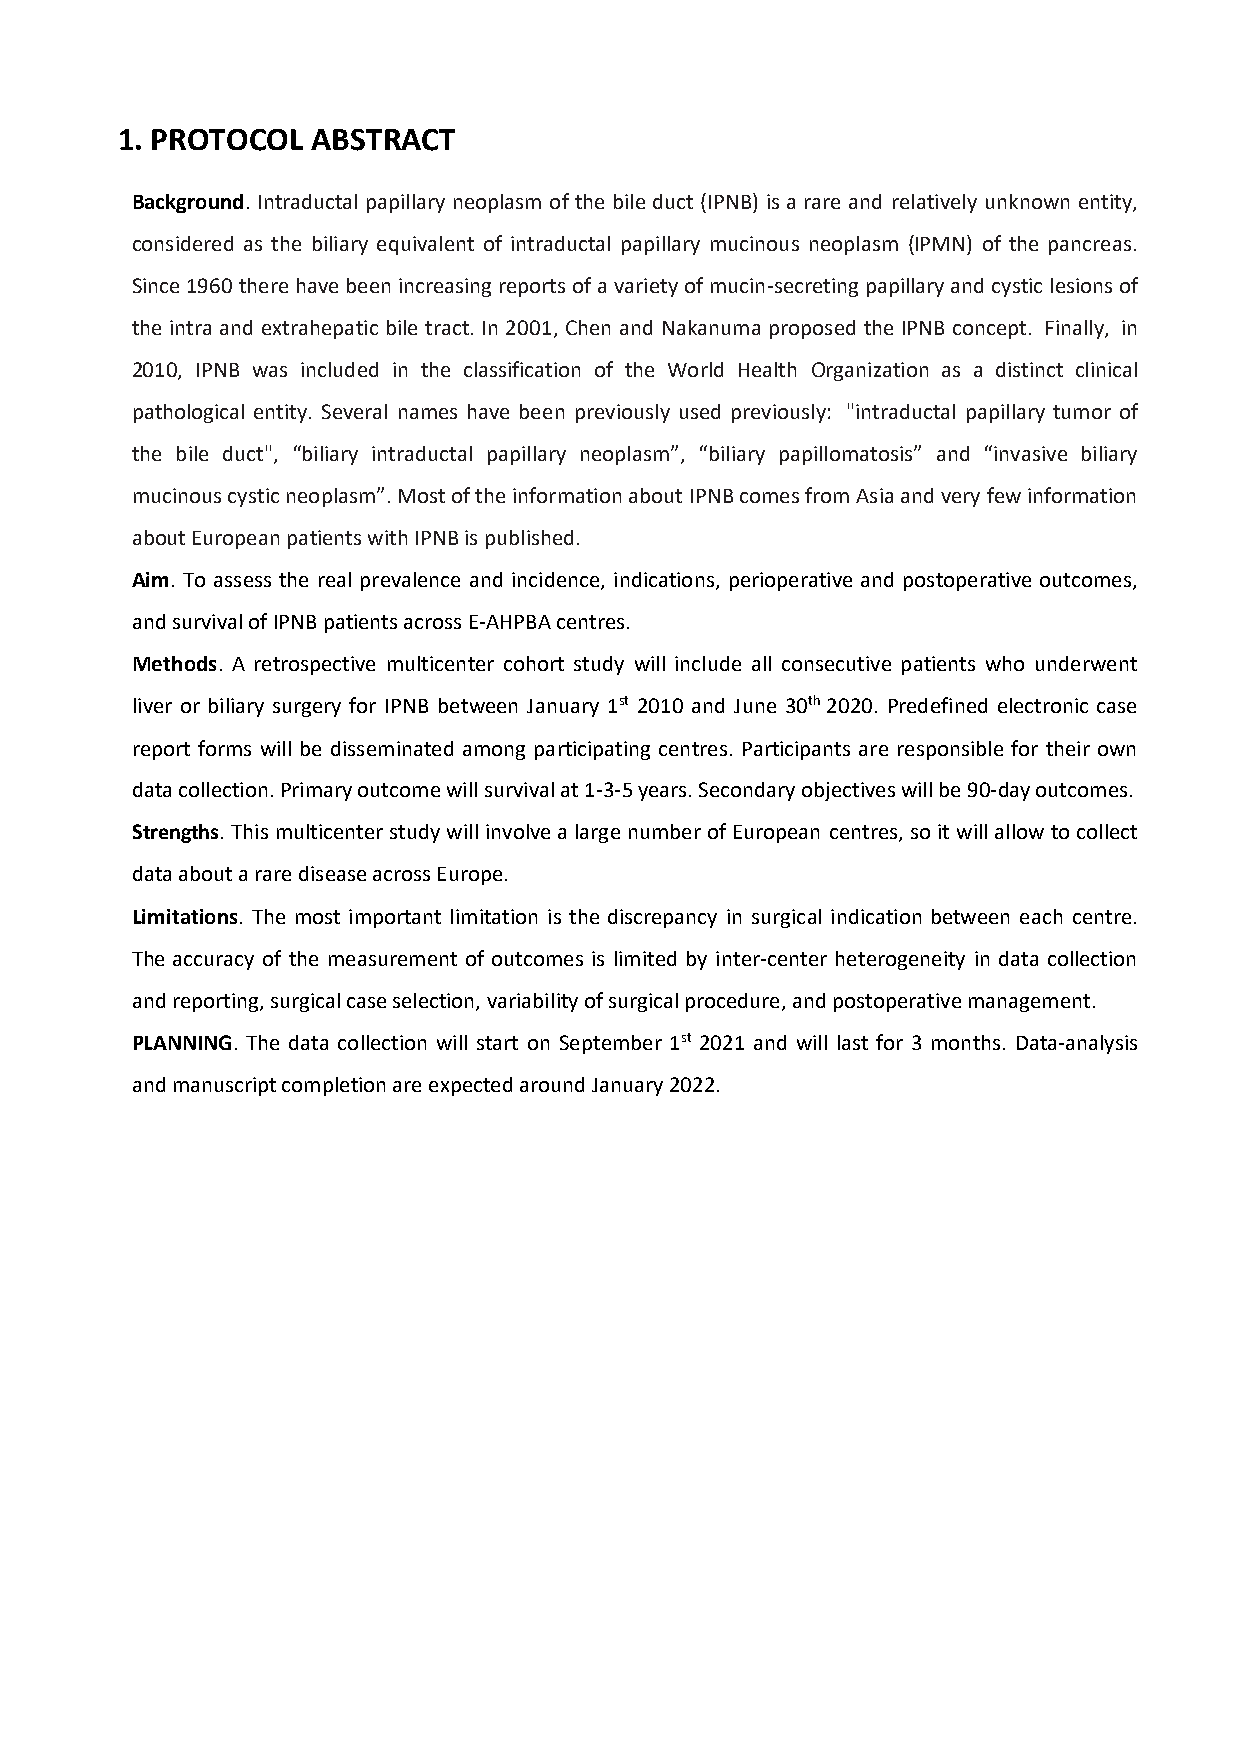
1. PROTOCOL  ABSTRACT
 Background. Intraductal papillary neoplasm of the bile duct (IPNB) is a rare and relatively unknown entity,
 considered as the biliary equivalent of intraductal papillary mucinous neoplasm (IPMN) of the pancreas.
 Since 1960 there have been increasing reports of a variety of mucin-secreting papillary and cystic lesions of
 the intra and extrahepatic bile tract. In 2001, Chen and Nakanuma proposed the IPNB concept. Finally, in
 2010, IPNB was included in the classification of the World Health Organization as a distinct clinical
 pathological entity. Several names have been previously used previously: "intraductal papillary tumor of
 the bile duct", “biliary intraductal papillary neoplasm”, “biliary papillomatosis” and “invasive biliary
 mucinous cystic neoplasm”. Most of the information about IPNB comes from Asia and very few information
 about European patients with IPNB is published.
 Aim. To assess the real prevalence and incidence, indications, perioperative and postoperative outcomes,
 and survival of IPNB patients across E-AHPBA centres.
 Methods. A retrospective multicenter cohort study will include all consecutive patients who underwent
 liver or biliary surgery for IPNB between January 1st 2010 and June 30th 2020. Predefined electronic case
 report forms will be disseminated among participating centres. Participants are responsible for their own
 data collection. Primary outcome will survival at 1-3-5 years. Secondary objectives will be 90-day outcomes.
 Strengths. This multicenter study will involve a large number of European centres, so it will allow to collect
 data about a rare disease across Europe.
 Limitations. The most important limitation is the discrepancy in surgical indication between each centre.
 The accuracy of the measurement of outcomes is limited by inter-center heterogeneity in data collection
 and reporting, surgical case selection, variability of surgical procedure, and postoperative management.
 PLANNING. The data collection will start on September 1st 2021 and will last for 3 months. Data-analysis
 and manuscript completion are expected around January 2022.